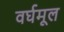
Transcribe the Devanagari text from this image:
वर्घमूल